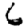
Digit: 6